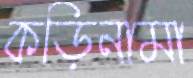
কড়িনামা